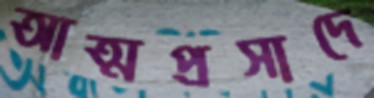
আত্মপ্রসাদে